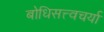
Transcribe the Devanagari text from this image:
बोधिसत्त्वचर्या